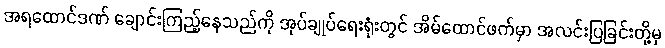
အရထောင်ဒဏ် ချောင်းကြည့်နေသည်ကို အုပ်ချုပ်ရေးရုံးတွင် အိမ်ထောင်ဖက်မှာ အလင်းပြခြင်းတို့မှ